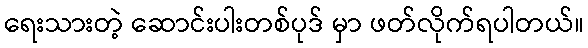
ရေးသားတဲ့ ဆောင်းပါးတစ်ပုဒ် မှာ ဖတ်လိုက်ရပါတယ်။